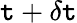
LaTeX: \mathtt{t}+\delta\mathtt{t}